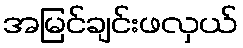
အမြင်ချင်းဖလှယ်